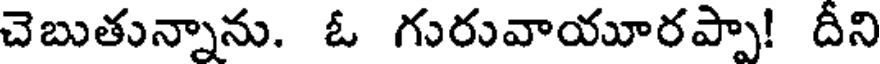
చెబుతున్నాను. ఓ గురువాయూరప్పా! దీని